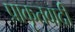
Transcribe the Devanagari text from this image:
प्राकृतवादी